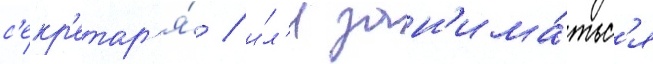
с'екр'етар'я́ / и́л'и зан'има́тьс'я